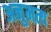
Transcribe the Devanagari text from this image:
अनुमत्य